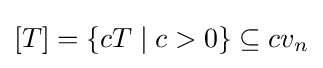
[T]=\{cT\mid c>0\}\subseteq cv_{n}